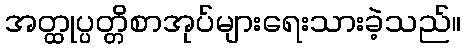
အတ္ထုပ္ပတ္တိစာအုပ်များရေးသားခဲ့သည်။